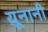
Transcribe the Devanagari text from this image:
य़ूनानी